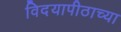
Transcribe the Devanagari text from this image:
विदयापीठाच्या